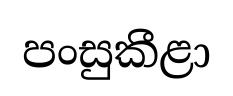
පංසුකීළා